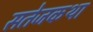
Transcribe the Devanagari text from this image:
सतेजकथा